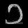
Digit: ၁